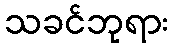
သခင်ဘုရား